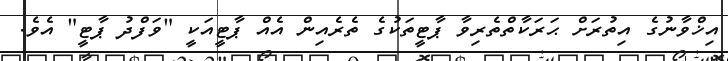
އިޚްވާނުގެ އިތުރަށް ޙަރަކާތްތެރިވާ ޕާޓީތަކުގެ ތެރެއިން އެއް ޕާޓީއަކީ "ވަފްދު ޕާޓީ" އެވެ.